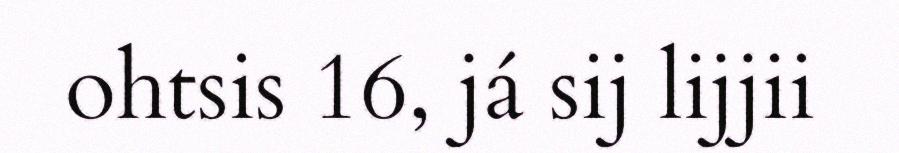
ohtsis 16, já sij lijjii